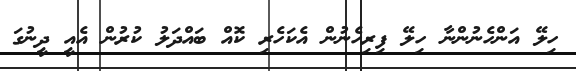
ހިލޭ އަންހެނުންނާ ހިލޭ ފިރިހެނުން އެކަހެރި ކޮއް ބައްދަލު ކުރުން އެއީ ދީނުގަ